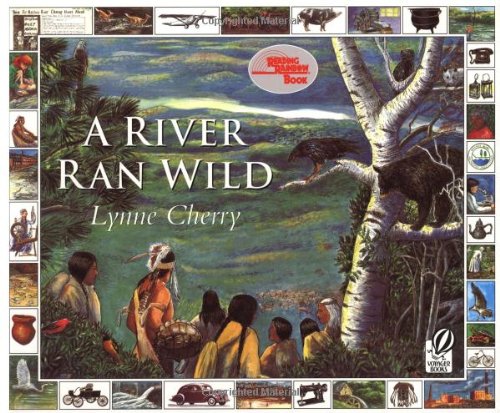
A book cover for A River Ran Wild: An Environmental History; Lynne Cherry; Children's Books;